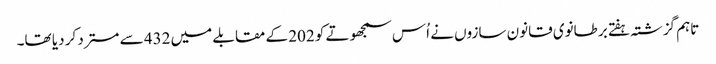
تاہم گزشتہ ہفتے برطانوی قانون سازوں نے اُس سمجھوتے کو 202 کے مقابلے میں 432 سے مسترد کر دیا تھا۔